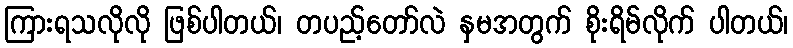
ကြားရသလိုလို ဖြစ်ပါတယ်၊ တပည့်တော်လဲ နှမအတွက် စိုးရိမ်လိုက် ပါတယ်၊